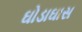
ઘોડાઘાસ